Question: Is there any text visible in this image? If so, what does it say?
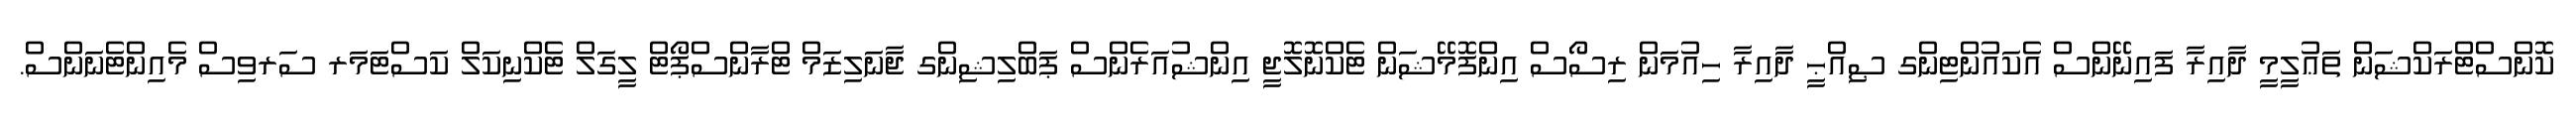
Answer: ކޮންސްޓްރަކްޝަން ތަޢުލީމީ ދާއިރާ ފައިނޭންސް އެކައުންޓިންގ ޞިއްޙީ ދާއިރާ ހިއުމަން ރިސޯސް އިންފޮމޭޝަން ޓެކްނޮލޮޖީ އިންޝުއަރެންސް ޕަބްލިޝިންގ ޖާނަލިޒަމް ޓްރާންސްޕޯޓް ލީގަލް ޓެކްނިކަލް ކަސްޓަމަރ ސަރވިސް މެއިންޓެނަންސް.